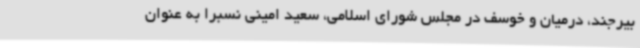
بیرجند، درمیان و خوسف در مجلس شورای اسلامی، سعید امینی نسبرا به عنوان